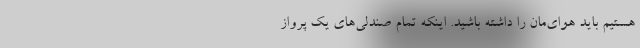
هستیم باید هوای‌مان را داشته باشید. اینکه تمام صندلی‌های یک پرواز